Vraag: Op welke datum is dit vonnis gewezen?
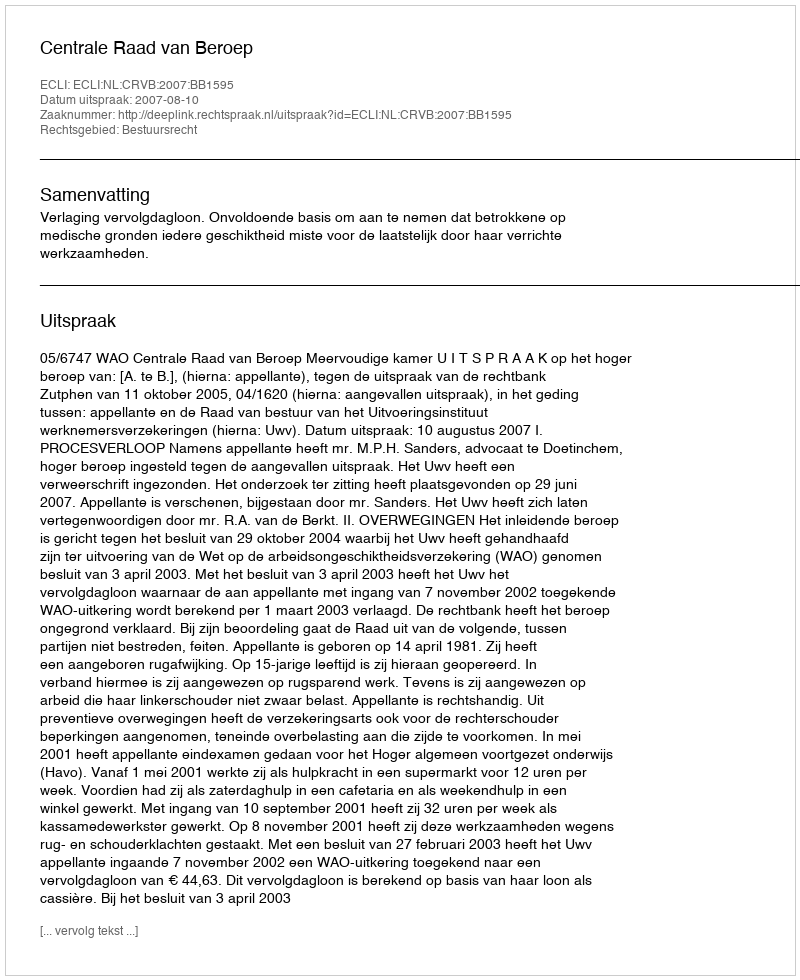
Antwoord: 2007-08-10